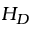
H _ { D }